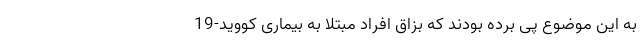
به این موضوع پی برده بودند که بزاق افراد مبتلا به بیماری کووید-19